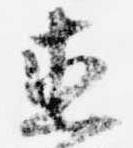
直